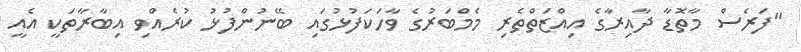
"ފަރެސް މާތޮޑާ ދާއިރާގެ އިއްޒަތްތެރި މެމްބަރުގެ ވާހަކަފުޅުގައި ބޭނުންފުޅު ކުރެއްވި އިބާރާތަކީ އެއީ